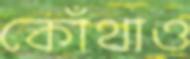
কোঁথাও